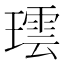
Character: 𬎌